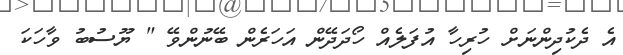
އެ ދެކުދިންނަށް ހުރިހާ އުފަލެއް ހޯދަދޭން އަހަރެން ބޭނުންވޭ " ޔޫސުބު ވާހަކަ